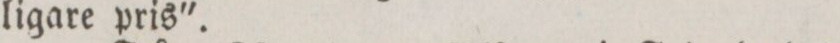
ligare pris'.